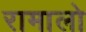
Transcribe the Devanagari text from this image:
रामालो